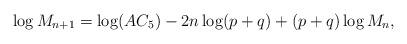
LaTeX: \begin{align*}\log M_{n+1}=\log(AC_5)-2n\log(p+q)+(p+q)\log M_n,\end{align*}